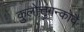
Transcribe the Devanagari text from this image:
कुलोत्तुंगन्कोवै